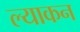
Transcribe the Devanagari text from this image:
ल्याकन